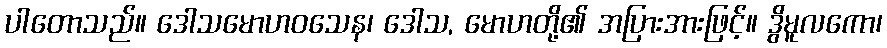
ပါတောသည်။ ဒေါသမောဟဝသေန၊ ဒေါသ, မောဟတို့၏ အပြားအားဖြင့်။ ဒွိမူလကော၊